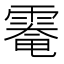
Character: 𩄀